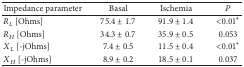
<table><thead><tr><td><b>Impedance parameter</b></td><td><b>Basal</b></td><td><b>Ischemia</b></td><td><b><i>P</i></b></td></tr></thead><tbody><tr><td><i>R</i><sub><i>L</i></sub> [Ohms]</td><td>75.4 ± 1.7</td><td>91.9 ± 1.4</td><td>&lt;0.01*</td></tr><tr><td><i>R</i><sub><i>H</i></sub> [Ohms]</td><td>34.3 ± 0.7</td><td>35.9 ± 0.5</td><td>0.053</td></tr><tr><td><i>X</i><sub><i>L</i></sub> [-jOhms] </td><td>7.4 ± 0.5</td><td>11.5 ± 0.4</td><td>&lt;0.01*</td></tr><tr><td><i>X</i><sub><i>H</i></sub> [-jOhms]</td><td>8.9 ± 0.2</td><td>18.5 ± 0.1</td><td>0.037 </td></tr></tbody></table>